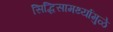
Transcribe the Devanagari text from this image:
सिद्धिसामर्थ्यामुळे